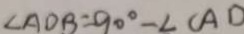
\angle A D B = 9 0 ^ { \circ } - \angle C A D